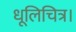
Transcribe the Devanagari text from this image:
धूलिचित्र।